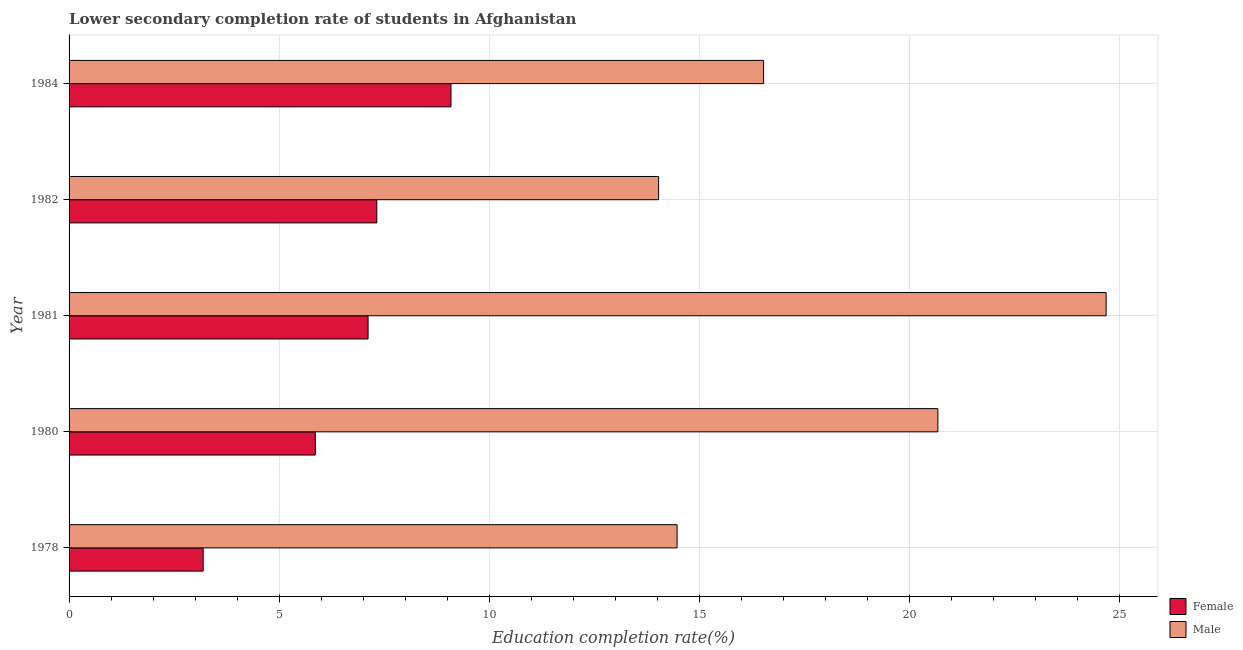
| Year | Female | Male |
 | --- | --- | --- |
 | 1978 | 3.19 | 14.5 |
 | 1980 | 5.86 | 20.7 |
 | 1981 | 7.12 | 24.7 |
 | 1982 | 7.33 | 14 |
 | 1984 | 9.09 | 16.5 |